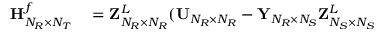
\begin{array} { r l } { { \bf { H } } _ { N _ { R } \times N _ { T } } ^ { f } } & { { } = { \bf { Z } } _ { N _ { R } \times N _ { R } } ^ { L } ( { \bf { U } } _ { N _ { R } \times N _ { R } } - { \bf { Y } } _ { N _ { R } \times N _ { S } } { \bf { Z } } _ { N _ { S } \times N _ { S } } ^ { L } } \end{array}